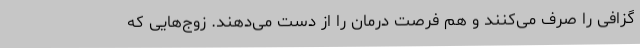
گزافی را صرف می‌کنند و هم فرصت درمان را از دست می‌دهند. زوج‌هایی که